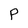
Character: P